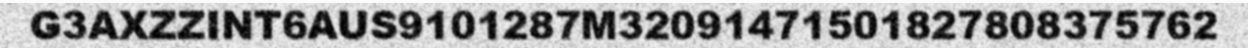
G3AXZZINT6AUS9101287M32091471501827808375762